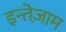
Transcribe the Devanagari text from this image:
इन्तेज़ाम